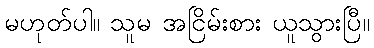
မဟုတ်ပါ။ သူမ အငြိမ်းစား ယူသွားပြီ။